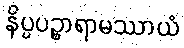
နိပ္ပပဉ္စာရာမဿာယံ